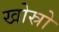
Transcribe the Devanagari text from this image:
खोस्रो